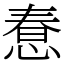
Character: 惷